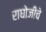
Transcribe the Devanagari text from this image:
राघोजीचे